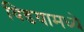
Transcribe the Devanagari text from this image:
विडयामध्ये